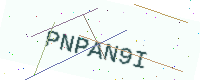
Text: PNPAN9I